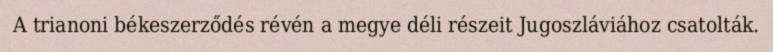
A trianoni békeszerződés révén a megye déli részeit Jugoszláviához csatolták.